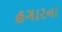
હગારના